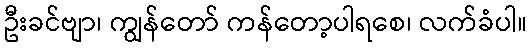
ဦးခင်ဗျာ၊ ကျွန်တော် ကန်တော့ပါရစေ၊ လက်ခံပါ။